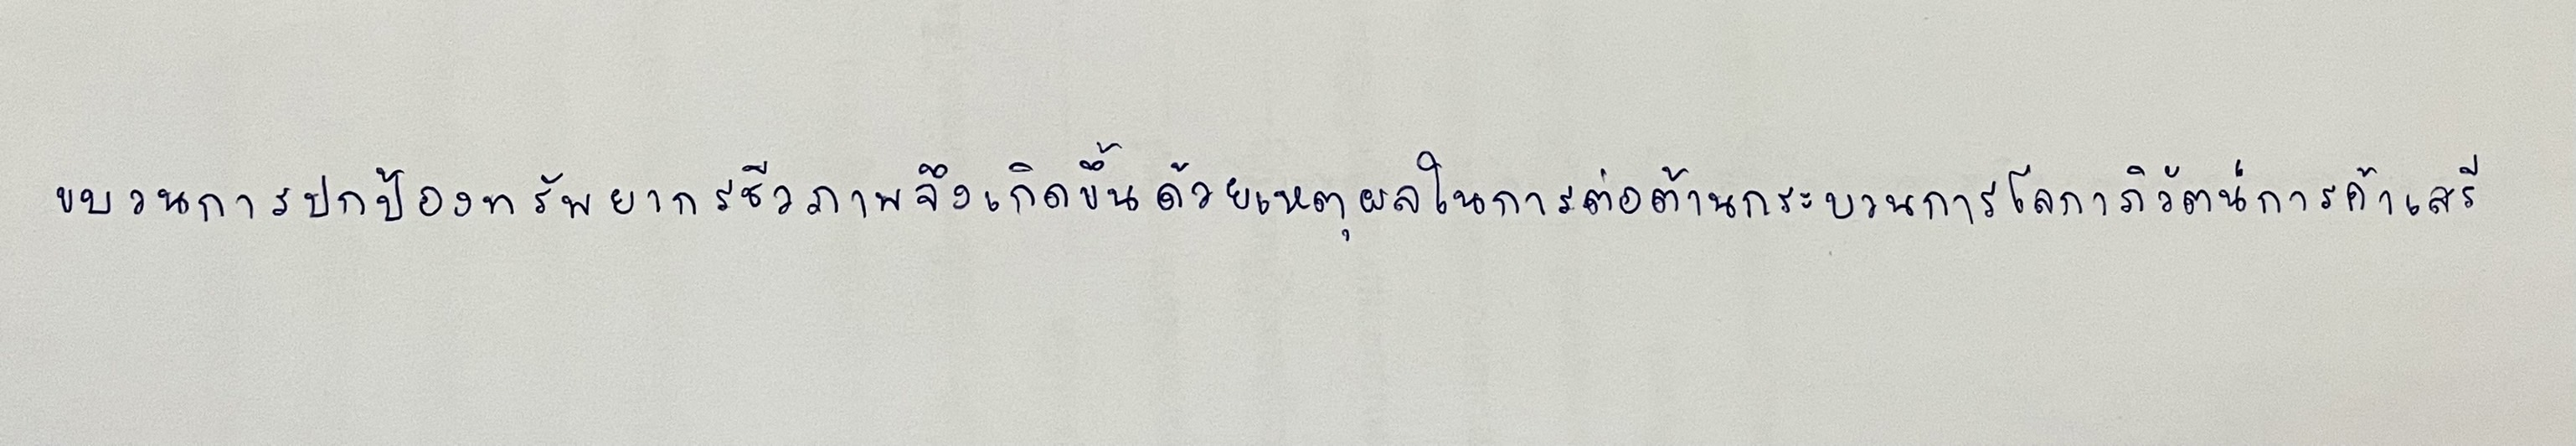
ขบวนการปกป้องทรัพยากรชีวภาพจึงเกิดขึ้นด้วยเหตุผลในการต่อต้านกระบวนการโลกาภิวัตน์การค้าเสรี